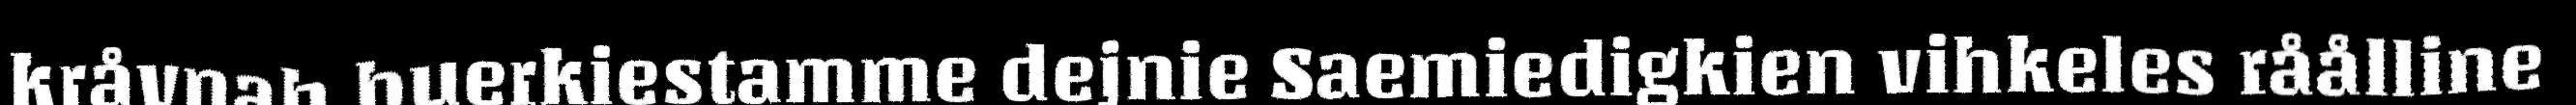
kråvnah buerkiestamme dejnie Saemiedigkien vihkeles råålline